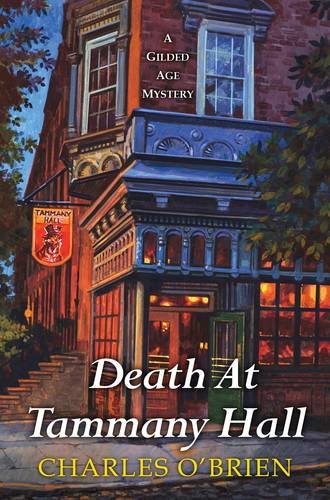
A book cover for Death at Tammany Hall (A Gilded Age Mystery); Charles O'Brien; Literature & Fiction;